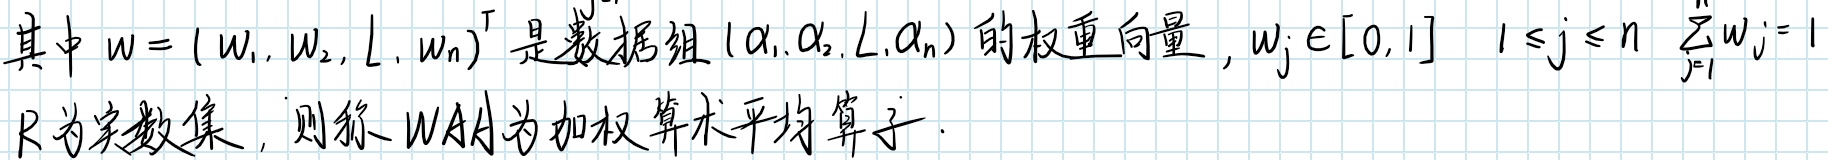
其中\(w = (w_1, w_2, \cdots, w_n)^{\top}\)是数据组\((a_1, a_2, \cdots, a_n)\)的权重向量，\(w_j \in [0, 1]\)，\(1 \leq j \leq n\)，\(\sum_{j = 1}^{n} w_j = 1\)，\(\mathbb{R}\)为实数集，则称\(WAA\)为加权算术平均算子。